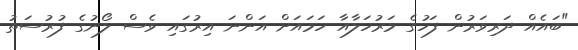
"ބައެއް ދަރިވަރުން ފަހުގެ މަރުހަލާއާ ހަމައަށް އަންނަ އިރުގައި ވެސް ލޯނުގެ ފުރުސަތު